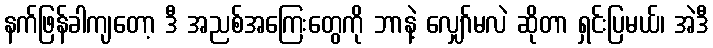
နက်ဖြန်ခါကျတော့ ဒီ အညစ်အကြေးတွေကို ဘာနဲ့ လျှော်မလဲ ဆိုတာ ရှင်းပြမယ်၊ အဲဒီ